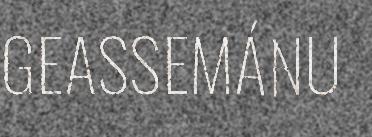
GEASSEMÁNU